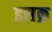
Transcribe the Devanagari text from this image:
इसक्र